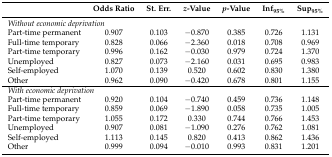
<table><thead><tr><td></td><td><b>Odds Ratio</b></td><td><b>St. Err.</b></td><td><b><i>z</i>-Value</b></td><td><b><i>p</i>-Value</b></td><td><b>Inf<sub>95%</sub></b></td><td><b>Sup<sub>95%</sub></b></td></tr></thead><tbody><tr><td colspan="7"><i>Without economic deprivation</i></td></tr><tr><td>Part-time permanent</td><td>0.907</td><td>0.103</td><td>−0.870</td><td>0.385</td><td>0.726</td><td>1.131</td></tr><tr><td>Full-time temporary</td><td>0.828</td><td>0.066</td><td>−2.360</td><td>0.018</td><td>0.708</td><td>0.969</td></tr><tr><td>Part-time temporary</td><td>0.996</td><td>0.162</td><td>−0.030</td><td>0.979</td><td>0.724</td><td>1.370</td></tr><tr><td>Unemployed</td><td>0.827</td><td>0.073</td><td>−2.160</td><td>0.031</td><td>0.695</td><td>0.983</td></tr><tr><td>Self-employed</td><td>1.070</td><td>0.139</td><td>0.520</td><td>0.602</td><td>0.830</td><td>1.380</td></tr><tr><td>Other</td><td>0.962</td><td>0.090</td><td>−0.420</td><td>0.678</td><td>0.801</td><td>1.155</td></tr><tr><td colspan="7"><i>With economic deprivation</i></td></tr><tr><td>Part-time permanent</td><td>0.920</td><td>0.104</td><td>−0.740</td><td>0.459</td><td>0.736</td><td>1.148</td></tr><tr><td>Full-time temporary</td><td>0.859</td><td>0.069</td><td>−1.890</td><td>0.058</td><td>0.735</td><td>1.005</td></tr><tr><td>Part-time temporary</td><td>1.055</td><td>0.172</td><td>0.330</td><td>0.744</td><td>0.766</td><td>1.453</td></tr><tr><td>Unemployed</td><td>0.907</td><td>0.081</td><td>−1.090</td><td>0.276</td><td>0.762</td><td>1.081</td></tr><tr><td>Self-employed</td><td>1.113</td><td>0.145</td><td>0.820</td><td>0.413</td><td>0.862</td><td>1.436</td></tr><tr><td>Other</td><td>0.999</td><td>0.094</td><td>−0.010</td><td>0.993</td><td>0.831</td><td>1.201</td></tr></tbody></table>